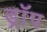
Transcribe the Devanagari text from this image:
ड्राॅप